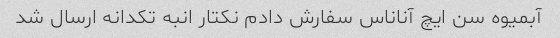
آبمیوه سن ایچ آناناس سفارش دادم نکتار انبه تکدانه ارسال شد